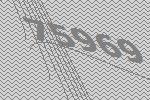
75969